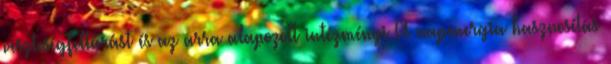
veszteségfeltárást és az arra alapozott intézményi A napenergia hasznosítás